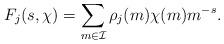
LaTeX: \begin{align*} F_j(s, \chi) = \sum_{m \in \mathcal I} \rho_j(m)\chi(m)m^{-s}.\end{align*}